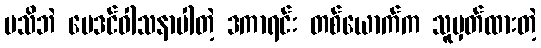
မသိဘဲ ဗေဒင်ဝါသနာပါတဲ့ ဒကာရင်း တစ်ယောက်က သူမှတ်ထားတဲ့